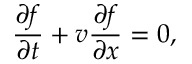
\frac { \partial f } { \partial t } + v \frac { \partial f } { \partial x } = 0 ,